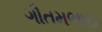
ગૌતમભાઇ